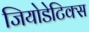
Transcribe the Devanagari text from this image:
जियोडेटिक्स